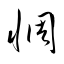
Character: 惆